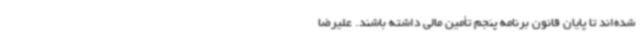
شده‌اند تا پایان قانون برنامه پنجم تأمین مالی داشته باشند. علیرضا